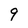
Character: 9